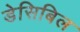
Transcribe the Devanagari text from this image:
डेसिबिल